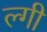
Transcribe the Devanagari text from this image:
ल्गी